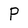
Character: P